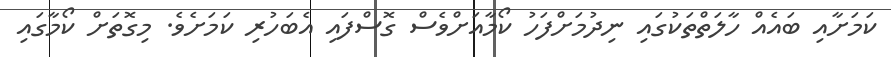
ކަމަށާއި ބައެއް ހާލަތްތަކުގައި ނިދުމަށްފަހު ކޯމާއަށްވެސް ގޮސްފައި އެބަހުރި ކަމަށެވެ. މިގޮތަށް ކޯމާގައި